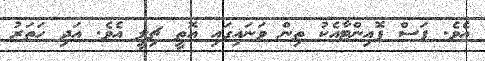
އެވެ. ފަސް ޕޮއިންޓާއެކު ތިން ވަނައިގައި އޮތީ ޗިލީ އެވެ. އަދި ހަތަރު